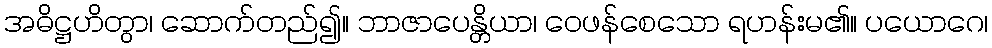
အဓိဋ္ဌဟိတွာ၊ ဆောက်တည်၍။ ဘာဇာပေန္တိယာ၊ ဝေဖန်စေသော ရဟန်းမ၏။ ပယောဂေ၊